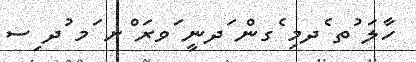
ހާލަ ުތ ެދމި ެގން ަދނީ ަވރަ ްށ ަމ ުދ ިސ